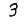
Digit: 3